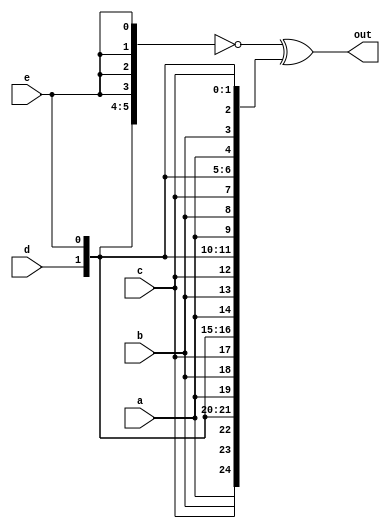
// https://hdlbits.01xz.net/wiki/Vector5

module top_module (
    input a, b, c, d, e,
    output [24:0] out );//

    // The output is XNOR of two vectors created by
    // concatenating and replicating the five inputs.
    // assign out = ~{ ... } ^ { ... };

    assign out = ~{{5{a}},{5{b}},{5{c}},{5{d}},{5{e}}} ^ {5{a,b,c,d,e}};

endmodule